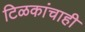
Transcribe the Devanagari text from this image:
टिळकांचाही